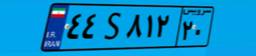
۴۴S۸۱۲۲۰